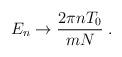
LaTeX: \begin{align*}E_n \rightarrow {2\pi nT_0\over mN}\; .\end{align*}